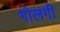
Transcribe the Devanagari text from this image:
गोलगी